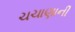
ચચાણાની